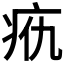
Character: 𰣥